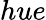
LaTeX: hue